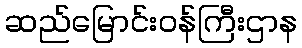
ဆည်မြောင်းဝန်ကြီးဌာန